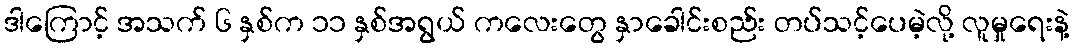
ဒါကြောင့် အသက် ၆ နှစ်က ၁၁ နှစ်အရွယ် ကလေးတွေ နှာခေါင်းစည်း တပ်သင့်ပေမဲ့လို့ လူမှုရေးနဲ့